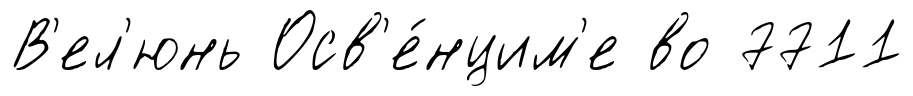
В'ел'юнь Осв'е́нцим'е во 7711